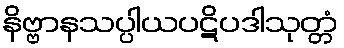
နိဗ္ဗာနသပ္ပါယပဋိပဒါသုတ္တံ